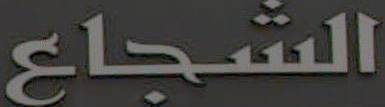
الشجاع